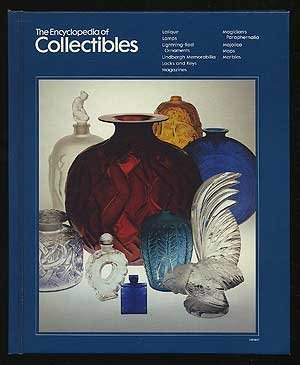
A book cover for The Encyclopedia of Collectibles: Lalique to Marbles; Hedley, edited by DONOVAN; Crafts, Hobbies & Home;